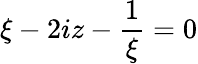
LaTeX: {\xi-2iz-{\frac{1}{\xi}}}=0